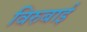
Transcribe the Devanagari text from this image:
विरुबाई